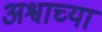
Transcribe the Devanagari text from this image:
अश्वाच्या